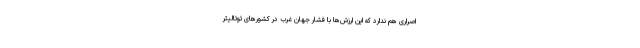
اصراری هم ندارد که این ارزش‌ها با فشار جهان غرب در کشورهای توتالیتر